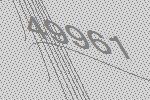
49961